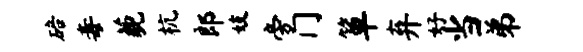
碚毒藐杭郎妓旁门箪弃好当弟